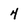
Character: 4